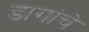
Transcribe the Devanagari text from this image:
डागांचे